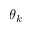
\theta _ { k }